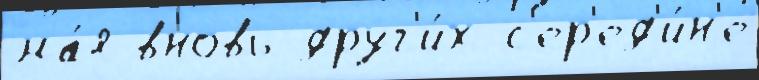
ма́я вновь друг'и́х с'ер'ед'и́н'е